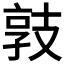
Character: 𢻓